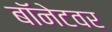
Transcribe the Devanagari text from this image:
बॉनेटवर